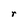
Character: r